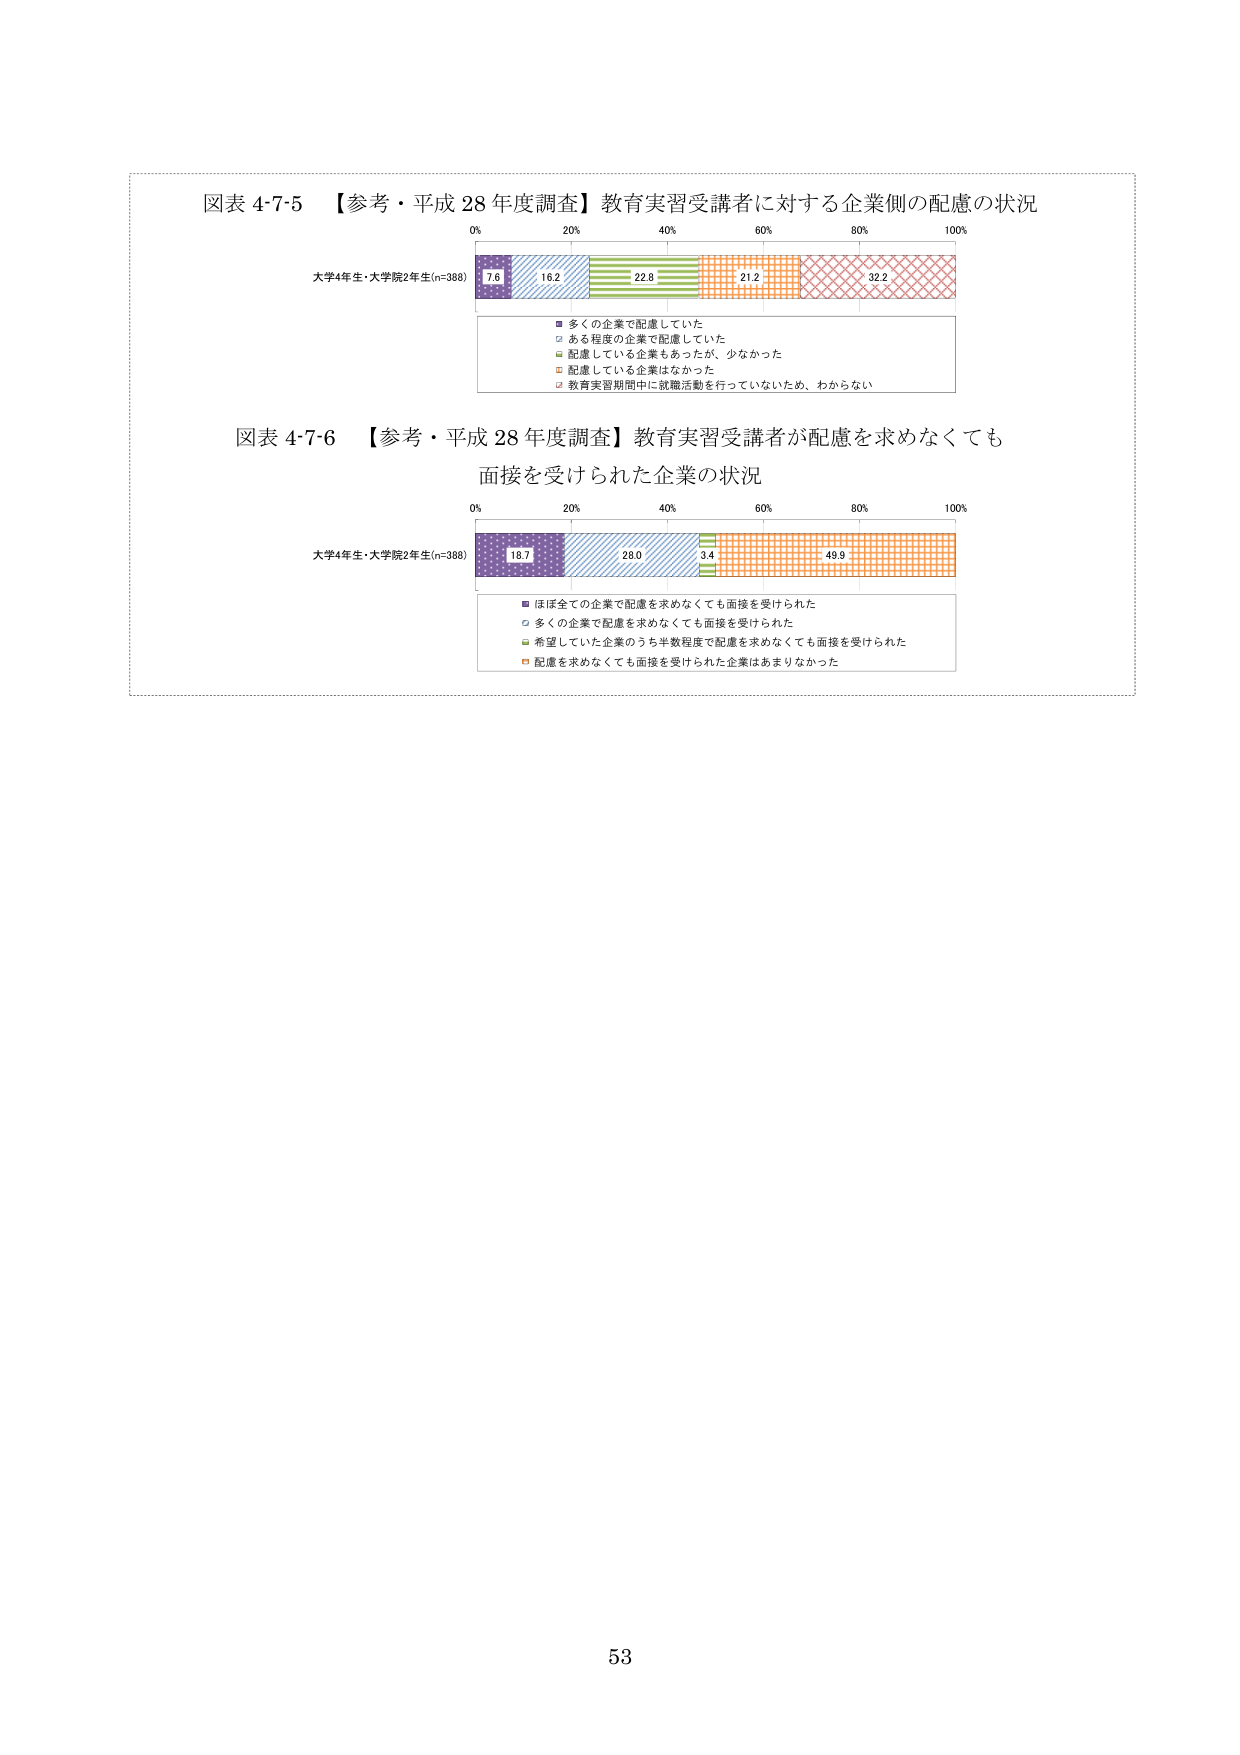
図表 4-7-5 【参考・平成 28 年度調査】教育実習受講者に対する企業側の配慮の状況
0% 20% 40% 60% 80% 100%
大学4年生・大学院2年生(n=388)
7.6 16.2 22.8 21.2 32.2
■ 多くの企業で配慮していた
□ ある程度の企業で配慮していた
■ 配慮している企業もあったが、少なかった
■ 配慮している企業はなかった
■ 教育実習期間中に就職活動を行っていないため、わからない

図表 4-7-6 【参考・平成 28 年度調査】教育実習受講者が配慮を求めなくても
面接を受けられた企業の状況
0% 20% 40% 60% 80% 100%
大学4年生・大学院2年生(n=388)
18.7 28.0 3.4 49.9
■ ほぼ全ての企業で配慮を求めなくても面接を受けられた
□ 多くの企業で配慮を求めなくても面接を受けられた
■ 希望していた企業のうち半数程度で配慮を求めなくても面接を受けられた
■ 配慮を求めなくても面接を受けられた企業はあまりなかった

53